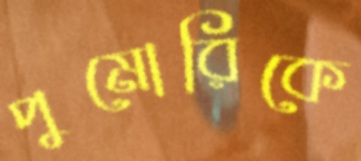
পুমোরিকে